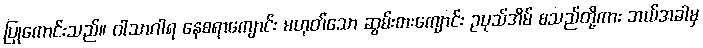
ပြုကောင်းသည်။ ဝါသာဂါရ နေစရာကျောင်း မဟုတ်သော ဆွမ်းစားကျောင်း ဥပုသ်အိမ် စသည်တို့ကား ဘယ်အခါမှ